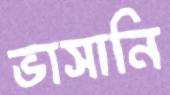
ভাসানি